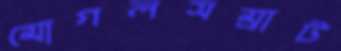
মোগলসম্রাট